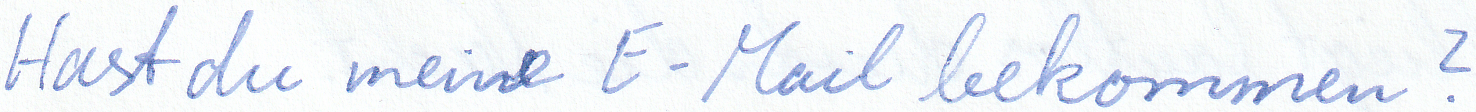
Hast du meine E-Mail bekommen?